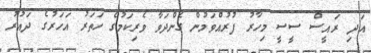
އަދި ރައީސް ސީސީ މިހާރު ފުރުއްވަމުން ގެންދަވާ ވެރިކަމުގެ ހަތަރު އަހަރުގެ ދައުރު